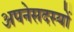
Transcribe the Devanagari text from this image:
अपनेसदस्यों